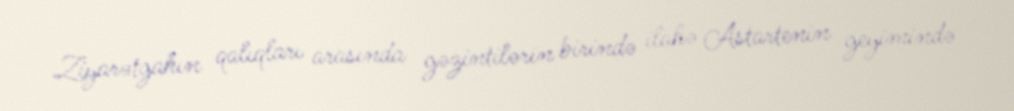
Ziyarətgahın qalıqları arasında gəzintilərin birində ilahə Astartenin geyimində